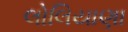
લોલિયાણા